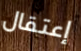
إعتقال